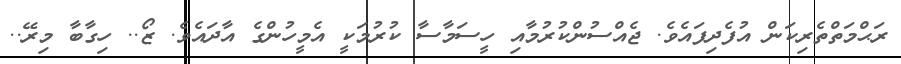
ރަޙްމަތްތެރިކަން އުފެދިފައެވެ. ޖެއްސުންކުރުމާއި ހީސަމާސާ ކުރުމަކީ އެމީހުންގެ އާދައެވެ. ޒޯ.. ހިގާބާ މިރޭ..